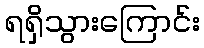
ရရှိသွားကြောင်း